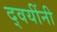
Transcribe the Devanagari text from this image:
द्वयींनी